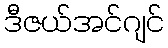
ဒီဇယ်အင်ဂျင်